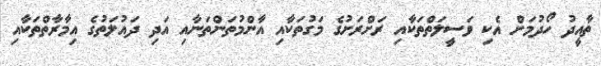
ތާއީދު ހޯދުމަށް އެކި ވަސީލަތްތަކާއި ރަށްރަށުގެ މަގުތަކާއި އާންމުތަންތަނާއި އަދި ދައުލަތުގެ އިމާރާތްތަކާއި